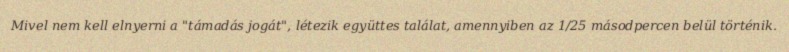
Mivel nem kell elnyerni a "támadás jogát", létezik együttes találat, amennyiben az 1/25 másodpercen belül történik.